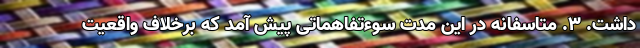
داشت. ۳. متاسفانه در این مدت سوءتفاهماتی پیش آمد که برخلاف واقعیت